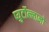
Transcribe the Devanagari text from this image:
प्युर्टोल्लानो